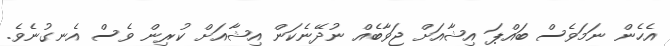
އެހެން ނަމަވެސް ބައްޕަ އިޝާއަށް ޖަވާބެއް ނުދޭނެކަން އިޝާއަށް ކުރިން ވެސް އެނގުނެވެ.